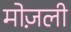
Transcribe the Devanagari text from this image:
मोज़ली